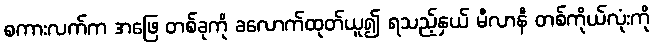
စကားလက်က အဖြေ တစ်ခုကို ခလောက်ထုတ်ယူ၍ ရသည့်နှယ် မီလာနီ တစ်ကိုယ်လုံးကို